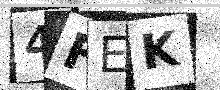
Text: 4FEK